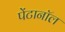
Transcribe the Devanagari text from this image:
पेंटानॉल